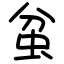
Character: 蚠